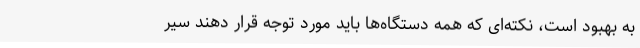
به بهبود است، نکته‌ای که همه دستگاه‌ها باید مورد توجه قرار دهند سیر